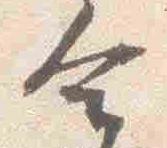
合